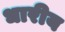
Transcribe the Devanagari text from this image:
धारीय